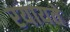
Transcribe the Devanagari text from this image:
रयायतें